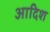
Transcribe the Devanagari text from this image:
आदिश